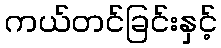
ကယ်တင်ခြင်းနှင့်